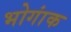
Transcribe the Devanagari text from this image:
भोगांक